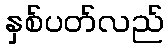
နှစ်ပတ်လည်